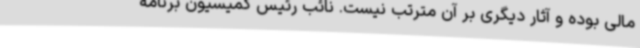
مالی بوده و آثار دیگری بر آن مترتب نیست. نائب رئیس کمیسیون برنامه